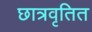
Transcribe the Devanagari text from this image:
छात्रवृतित